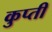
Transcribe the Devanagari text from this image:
कुप्ती